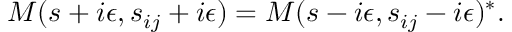
M ( s + i \epsilon , s _ { i j } + i \epsilon ) = M ( s - i \epsilon , s _ { i j } - i \epsilon ) ^ { * } .